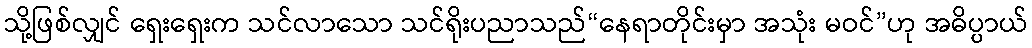
သို့ဖြစ်လျှင် ရှေးရှေးက သင်လာသော သင်ရိုးပညာသည်“နေရာတိုင်းမှာ အသုံး မဝင်”ဟု အဓိပ္ပာယ်